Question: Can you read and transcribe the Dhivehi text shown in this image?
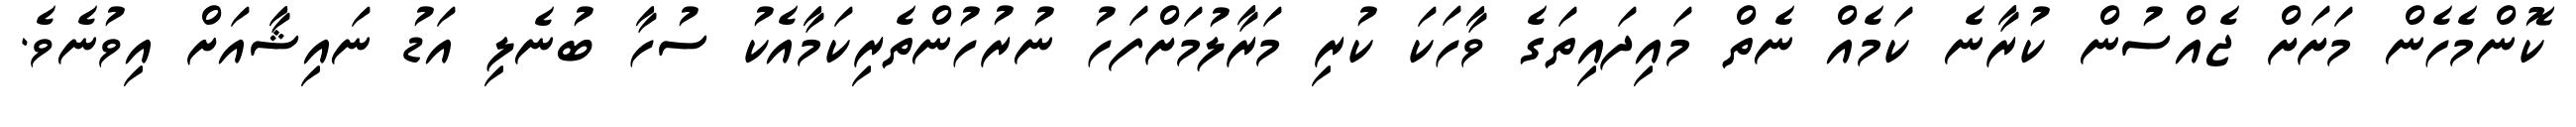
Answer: ކޮންމެހެން މަށަށް ޖެއްސުން ކުރާނެ ކަމެއް ނެތް މައިދައިތަގެ ވާހަކަ ކުރި މަރާލުމަށްފަހު ނުރުހުންތެރިކަމާއެކު ސުހާ ބުނެލި އަޑު ނައިޝާއަށް އިވުނެވެ.